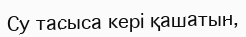
Су тасыса кері қашатын,